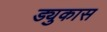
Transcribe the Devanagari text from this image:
ड्युकास